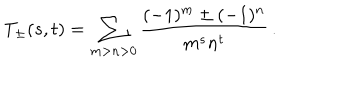
T _ { \pm } ( s , t ) = \sum _ { m > n > 0 } \frac { ( - 1 ) ^ { m } \pm ( - 1 ) ^ { n } } { m ^ { s } n ^ { t } } \, .